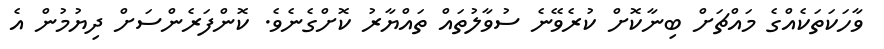
ވާހަކަތަކެއްގެ މައްޗަށް ބިނާކޮށް ކުރެވޭނެ ސުވާލުތައް ތައްޔާރު ކޮށްގެނެވެ. ކޮންފަރެންސަށް ދިޔުމުން އެ